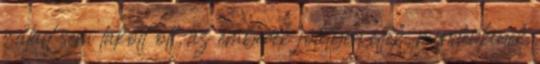
család sem lakott ott, az emberek jólétben éltek, mindenkinek